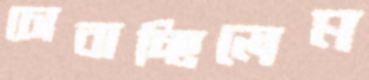
চোবাচ্ছিলেম